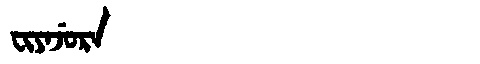
Manchu: ᠸᡳᠶᠠᠵᡠᡵᠠ
Romanization: FIYAJURA